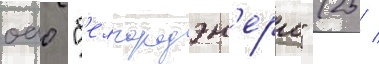
оао "б'елгородэн'ерго" (25 /